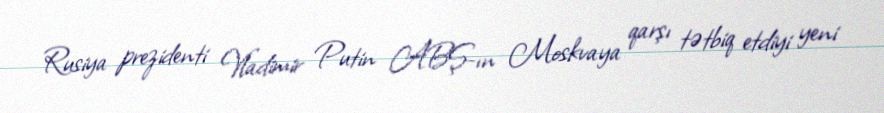
Rusiya prezidenti Vladimir Putin ABŞ-ın Moskvaya qarşı tətbiq etdiyi yeni